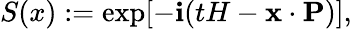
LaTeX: S(x):=\exp[-\mathbf{i}(tH-{\mathbf{x}}\cdot{\mathbf{P}})],